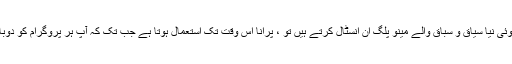
لہذا یہاں تک کہ اگر آپ کوئی نیا سیاق و سباق والے مینو پلگ ان انسٹال کرتے ہیں تو ، پرانا اس وقت تک استعمال ہوتا ہے جب تک کہ آپ ہر پروگرام کو دوبارہ شروع نہیں کرتے ہیں۔